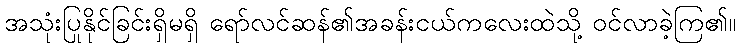
အသုံးပြုနိုင်ခြင်းရှိမရှိ ရော်လင်ဆန်၏အခန်းငယ်ကလေးထဲသို့ ဝင်လာခဲ့ကြ၏။